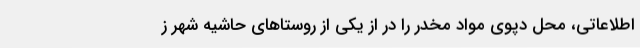
اطلاعاتی، محل دپوی مواد مخدر را در از یکی از روستاهای حاشیه شهر ز